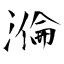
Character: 溣